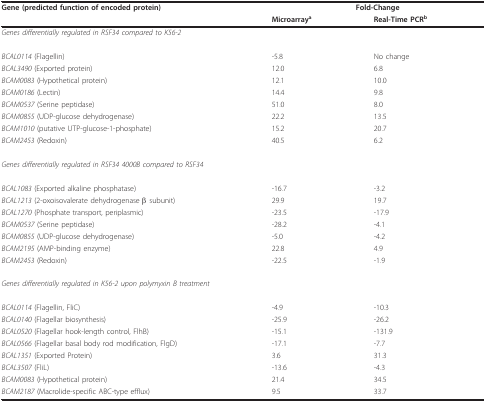
| Gene (predicted function of encoded protein) | <COLSPAN=2> Fold-Change |
 |  | Microarraya | Real-Time PCRb |
 | --- | --- | --- |
 | Genes differentially regulated in RSF34 compared to K56-2 |  |  |
 | BCAL0114 (Flagellin) | -5.8 | No change |
 | BCAL3490 (Exported protein) | 12.0 | 6.8 |
 | BCAM0083 (Hypothetical protein) | 12.1 | 10.0 |
 | BCAM0186 (Lectin) | 14.4 | 9.8 |
 | BCAM0537 (Serine peptidase) | 51.0 | 8.0 |
 | BCAM0855 (UDP-glucose dehydrogenase) | 22.2 | 13.5 |
 | BCAM1010 (putative UTP-glucose-1-phosphate) | 15.2 | 20.7 |
 | BCAM2453 (Redoxin) | 40.5 | 6.2 |
 | Genes differentially regulated in RSF34 4000B compared to RSF34 |  |  |
 | BCAL1083 (Exported alkaline phosphatase) | -16.7 | -3.2 |
 | BCAL1213 (2-oxoisovalerate dehydrogenase β subunit) | 29.9 | 19.7 |
 | BCAL1270 (Phosphate transport, periplasmic) | -23.5 | -17.9 |
 | BCAM0537 (Serine peptidase) | -28.2 | -4.1 |
 | BCAM0855 (UDP-glucose dehydrogenase) | -5.0 | -4.2 |
 | BCAM2195 (AMP-binding enzyme) | 22.8 | 4.9 |
 | BCAM2453 (Redoxin) | -22.5 | -1.9 |
 | Genes differentially regulated in K56-2 upon polymyxin B treatment |  |  |
 | BCAL0114 (Flagellin, FliC) | -4.9 | -10.3 |
 | BCAL0140 (Flagellar biosynthesis) | -25.9 | -26.2 |
 | BCAL0520 (Flagellar hook-length control, FlhB) | -15.1 | -131.9 |
 | BCAL0566 (Flagellar basal body rod modification, FlgD) | -17.1 | -7.7 |
 | BCAL1351 (Exported Protein) | 3.6 | 31.3 |
 | BCAL3507 (FliL) | -13.6 | -4.3 |
 | BCAM0083 (Hypothetical protein) | 21.4 | 34.5 |
 | BCAM2187 (Macrolide-specific ABC-type efflux) | 9.5 | 33.7 |